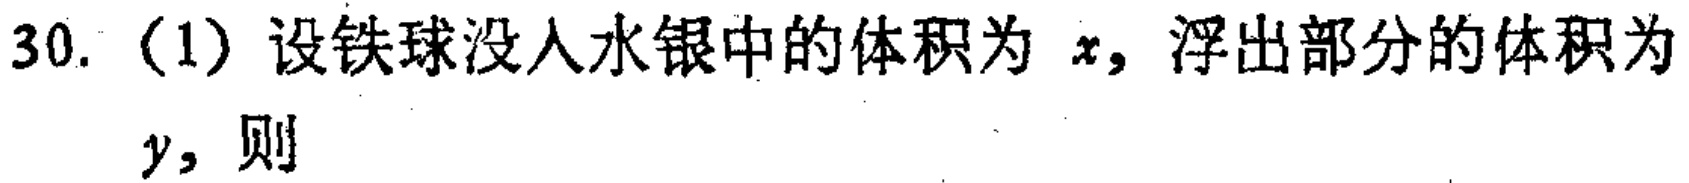
30. (1) 设铁球没人水银中的体积为 \(x\)，浮出部分的体积为 \(y\)，则